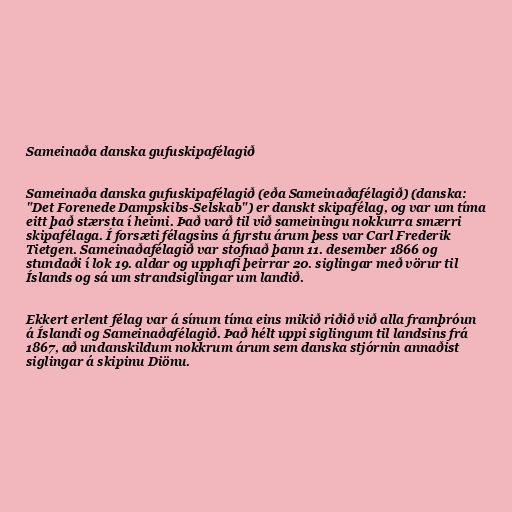
Sameinaða danska gufuskipafélagið

Sameinaða danska gufuskipafélagið (eða Sameinaðafélagið) (danska:
"Det Forenede Dampskibs-Selskab") er danskt skipafélag, og var um tíma
eitt það stærsta í heimi. Það varð til við sameiningu nokkurra smærri
skipafélaga. Í forsæti félagsins á fyrstu árum þess var Carl Frederik
Tietgen. Sameinaðafélagið var stofnað þann 11. desember 1866 og
stundaði í lok 19. aldar og upphafi þeirrar 20. siglingar með vörur til
Íslands og sá um strandsiglingar um landið.

Ekkert erlent félag var á sínum tíma eins mikið riðið við alla framþróun
á Íslandi og Sameinaðafélagið. Það hélt uppi siglingum til landsins frá
1867, að undanskildum nokkrum árum sem danska stjórnin annaðist
siglingar á skipinu Diönu.